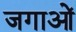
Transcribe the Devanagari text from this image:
जगाओं